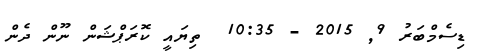
ޑިސެމްބަރު 9